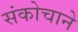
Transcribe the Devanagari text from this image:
संकोचाने